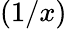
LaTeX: (1/x)